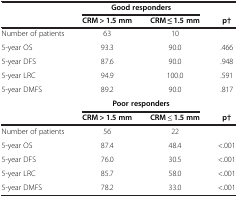
<table><thead><tr><td><b> </b></td><td colspan="2"><b>Good responders</b></td><td><b> </b></td></tr><tr><td><b> </b></td><td><b>CRM &gt; 1.5 mm</b></td><td><b>CRM ≤ 1.5 mm</b></td><td><b>p†</b></td></tr></thead><tbody><tr><td>Number of patients</td><td>63</td><td>10</td><td> </td></tr><tr><td>5-year OS</td><td>93.3</td><td>90.0</td><td>.466</td></tr><tr><td>5-year DFS</td><td>87.6</td><td>90.0</td><td>.948</td></tr><tr><td>5-year LRC</td><td>94.9</td><td>100.0</td><td>.591</td></tr><tr><td>5-year DMFS</td><td>89.2</td><td>90.0</td><td>.817</td></tr><tr><td> </td><td colspan="2"><b>Poor responders</b></td><td> </td></tr><tr><td> </td><td><b>CRM &gt; 1.5 mm</b></td><td><b>CRM ≤ 1.5 mm</b></td><td><b>p†</b></td></tr><tr><td>Number of patients</td><td>56</td><td>22</td><td> </td></tr><tr><td>5-year OS</td><td>87.4</td><td>48.4</td><td>&lt;.001</td></tr><tr><td>5-year DFS</td><td>76.0</td><td>30.5</td><td>&lt;.001</td></tr><tr><td>5-year LRC</td><td>85.7</td><td>58.0</td><td>&lt;.001</td></tr><tr><td>5-year DMFS</td><td>78.2</td><td>33.0</td><td>&lt;.001</td></tr></tbody></table>